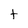
Character: t